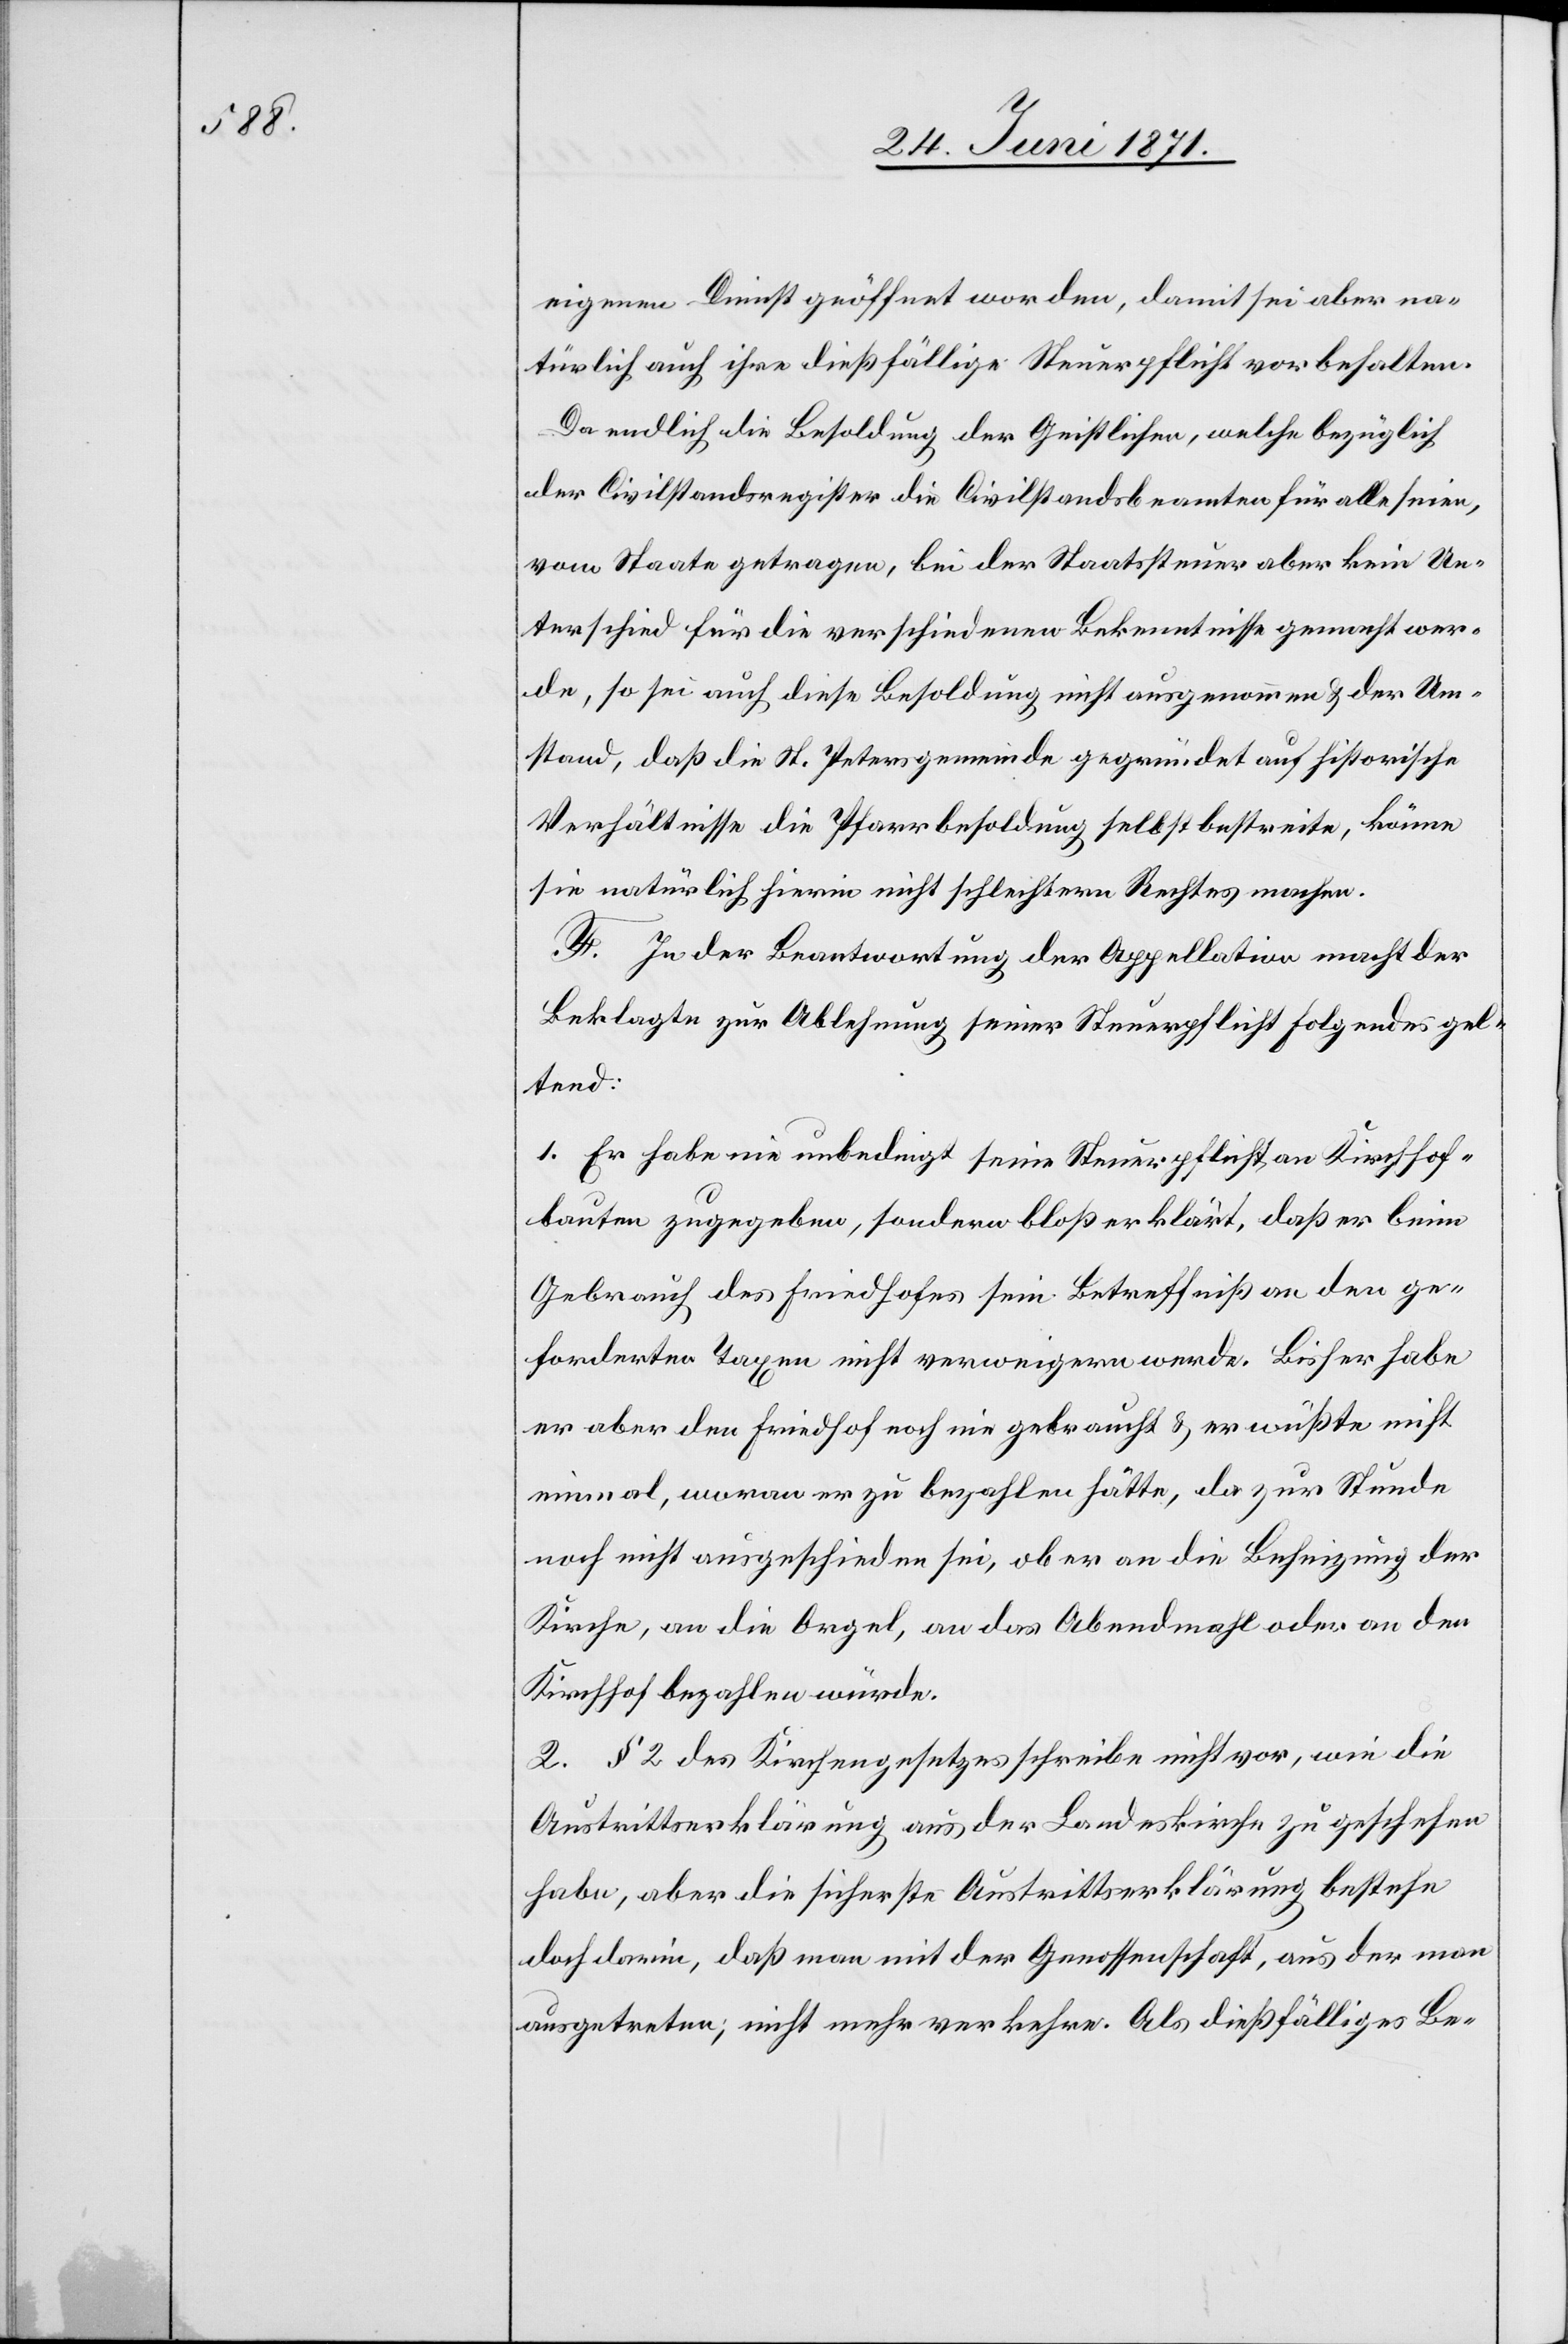
eigenen Dienst geöffnet worden, damit sei aber na¬
türlich auch ihre dießfällige Steuerpflicht vorbehalten.
Da endlich die Besoldung der Geistlichen, welche bezüglich
der Civilstandsregister die Civilstandsbeamten für alle seien,
vom Staate getragen, bei der Staatssteuer aber kein Un¬
terschied für die verschiedenen Bekenntnisse gemacht wer¬
de, so sei auch diese Besoldung nicht ausgenommen u. der Um¬
stand, daß die St. Petersgemeinde gegründet auf historische
Verhältnisse die Pfarrbesoldung selbst bestreite, könne
sie natürlich hierin nicht schlechtern Rechtes machen.
F. In der Beantwortung der Appellation macht der
Beklagte zur Ablehnung seiner Steuerpflicht folgendes gel¬
tend:
1. Er habe nie unbedingt seine Steuerpflicht an Kirchhof¬
bauten zugegeben, sondern bloß erklärt, daß er beim
Gebrauch des Friedhofes sein Betreffniß an den ge¬
forderten Taxen nicht verweigern werde. Bisher habe
er aber den Friedhof noch nie gebraucht u. er wüßte nicht
einmal, woran er zu bezahlen hätte, da zur Stunde
noch nicht ausgeschieden sei, ob er an die Beheizung der
Kirche, an die Orgel, an das Abendmahl oder an den
Kirchhof bezahlen würde.
2. § 2 des Kirchengesetzes schreibe nicht vor, sie die
Austrittserklärung aus der Landeskirche zu geschehen
habe, aber die sicherste Austrittserklärung bestehe
doch darin, daß man mit der Genossenschaft, aus der man
ausgetreten; nicht mehr verkehre. Als dießfälliges Be-